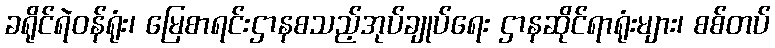
ခရိုင်ရဲဝန်ရုံး၊ မြေစာရင်းဌာနစသည့်အုပ်ချုပ်ရေး ဌာနဆိုင်ရာရုံးများ၊ စစ်တပ်